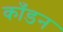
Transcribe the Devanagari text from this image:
काँडन